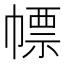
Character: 幖